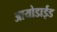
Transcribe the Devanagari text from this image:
आयोडाईड